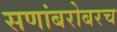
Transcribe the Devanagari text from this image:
सणांबरोबरच